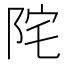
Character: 𨹏